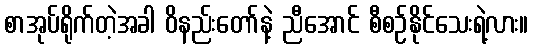
စာအုပ်ရိုက်တဲ့အခါ ဝိနည်းတော်နဲ့ ညီအောင် စီစဉ်နိုင်သေးရဲ့လား။